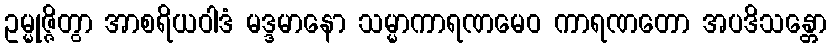
ဥမ္မုဇ္ဇိတွာ အာစရိယဝါဒံ မဒ္ဒမာနော သမ္မာကာရဏမေဝ ကာရဏတော အပဒိသန္တော